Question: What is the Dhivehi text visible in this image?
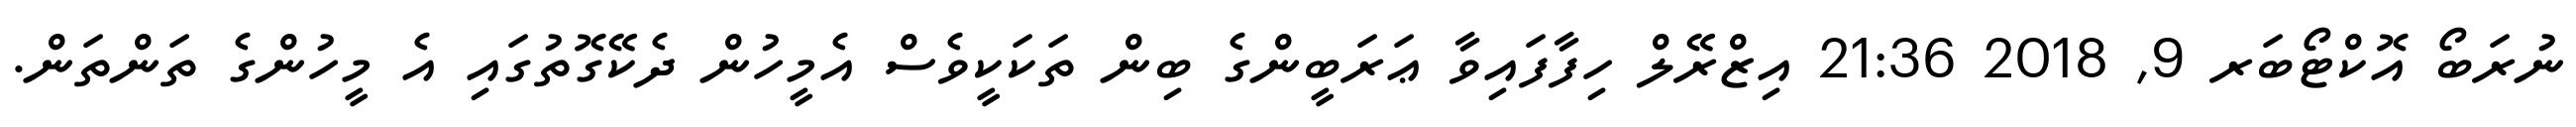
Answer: ނުރަބޯ އޮކްޓޯބަރ 9, 2018 21:36 އިޒްރޭލް ހިފާފައިވާ ޢަރަބީންގެ ބިން ތަކަކީވެސް އެމީހުން ދެކޭގޮތުގައި އެ މީހުންގެ ތަންތަން.